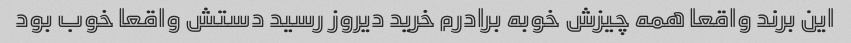
این برند واقعا همه چیزش خوبه برادرم خرید دیروز رسید دستش واقعا خوب بود